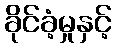
ခိုင်ခံ့မှုနှင့်